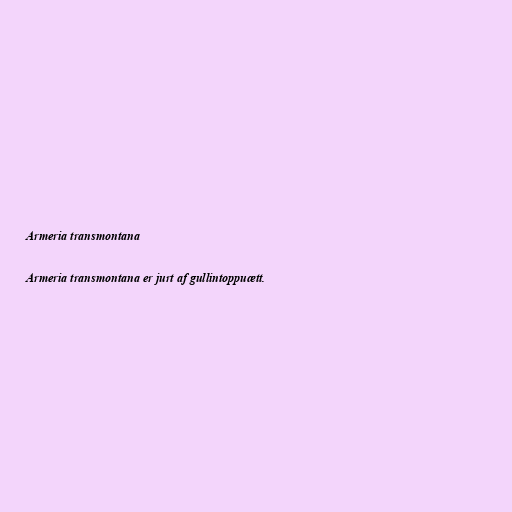
Armeria transmontana

Armeria transmontana er jurt af gullintoppuætt.